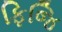
ફિજિ